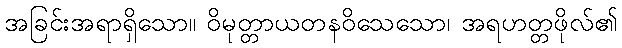
အခြင်းအရာရှိသော။ ဝိမုတ္တာယတနဝိသေသော၊ အရဟတ္တဖိုလ်၏